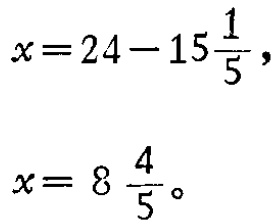
\[

\begin{align*}

x&=24 - 15\frac{1}{5},\\

x&= 8\frac{4}{5}。

\end{align*}

\]